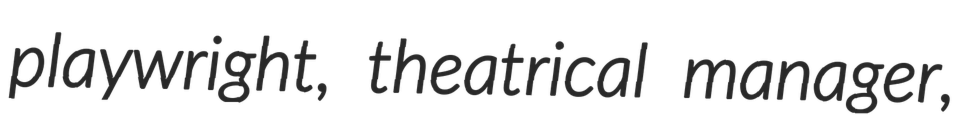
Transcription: playwright, theatrical manager,